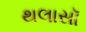
થલાસૉ